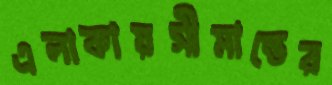
এলাকায়সীমান্তের